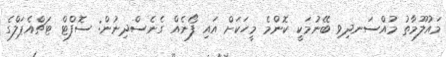
މައުލޫމާތު މުއްސަނދިވި ބޭނުމަކީ ކޮންމެ މީހަކަށް އައި ފޯނެއް ގެނެސްދިނުން: ސޮފްޓް ޓަޗްއެޕަލްގެ